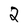
Character: 2